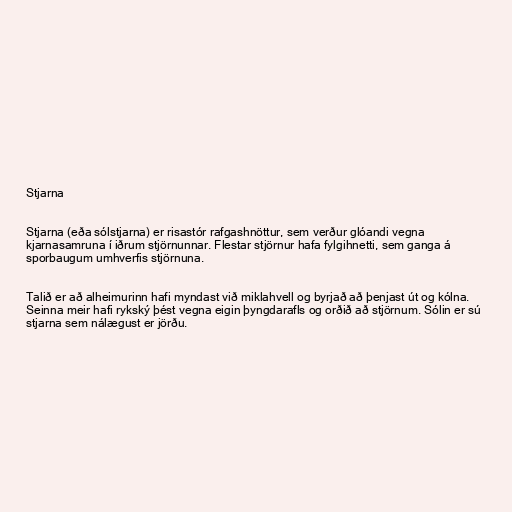
Stjarna

Stjarna (eða sólstjarna) er risastór rafgashnöttur, sem verður glóandi vegna
kjarnasamruna í iðrum stjörnunnar. Flestar stjörnur hafa fylgihnetti, sem ganga á
sporbaugum umhverfis stjörnuna.

Talið er að alheimurinn hafi myndast við miklahvell og byrjað að þenjast út og kólna.
Seinna meir hafi rykský þést vegna eigin þyngdarafls og orðið að stjörnum. Sólin er sú
stjarna sem nálægust er jörðu.